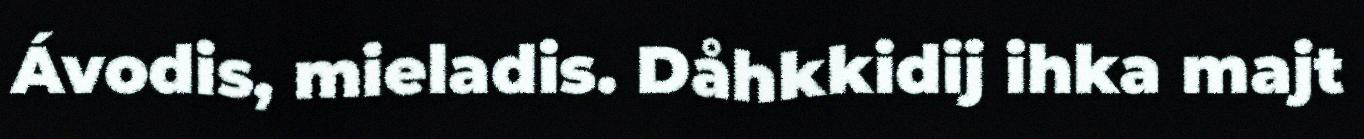
Ávodis, mieladis. Dåhkkidij ihka majt